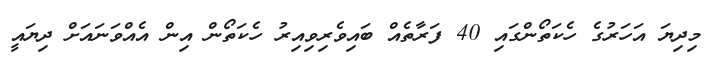
މިދިޔަ އަހަރުގެ ހެކަތޯންގައި 40 ފަރާތެއް ބައިވެރިވިއިރު ހެކަތޯން އިން އެއްވަނައަށް ދިޔައީ